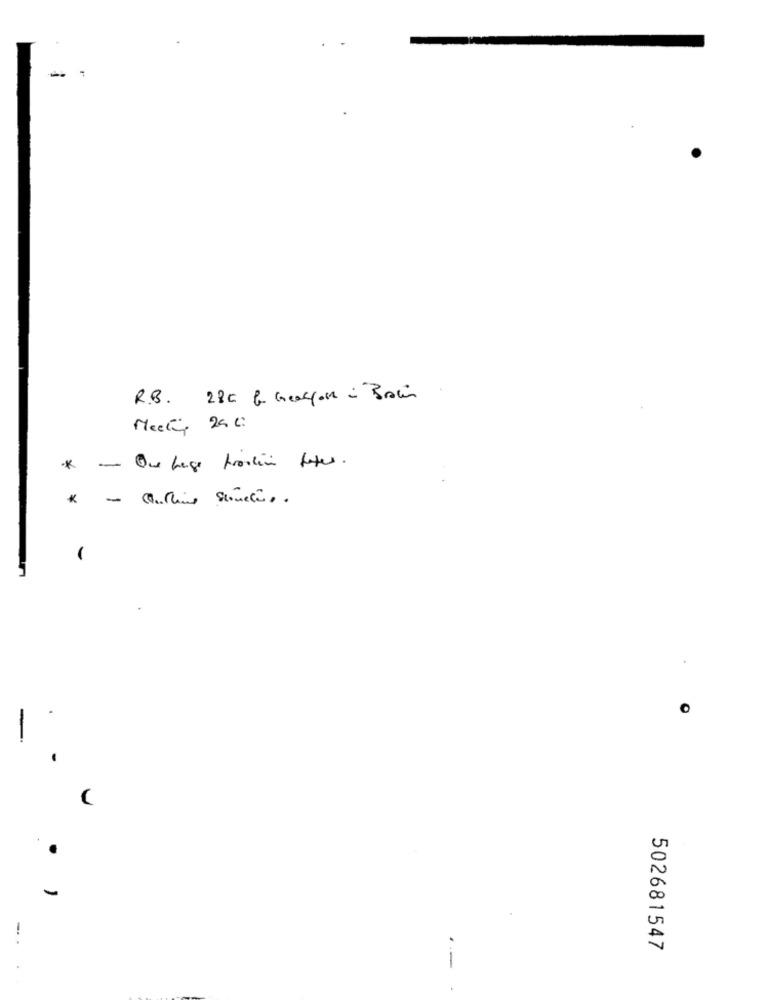
-
R.B. 280 b Garçon - Bains
Meeting 2ac
*
- Que hage frosting totes.
.
502681547
-